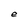
Character: e